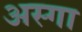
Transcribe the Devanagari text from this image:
अस्गा